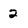
Character: 2